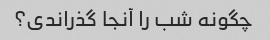
چگونه شب را آنجا گذراندی؟